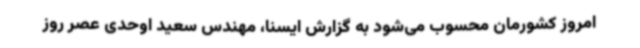
امروز کشورمان محسوب می‌شود به گزارش ایسنا، مهندس سعید اوحدی عصر روز